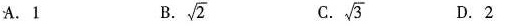
A.1 B. $$\sqrt{2}$$ C .$$\sqrt{3}$$ D.2